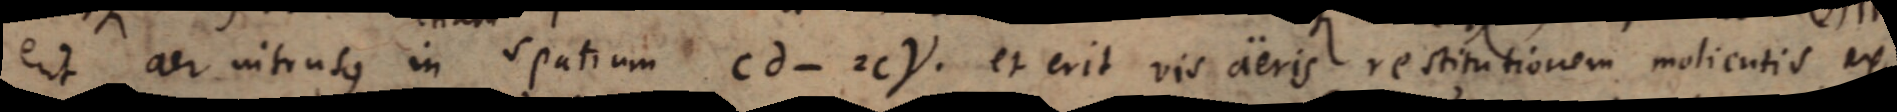
erit aer intrusus in spatium cd ‐ 2cγ et erit vis aeris restitutionem molientis ex